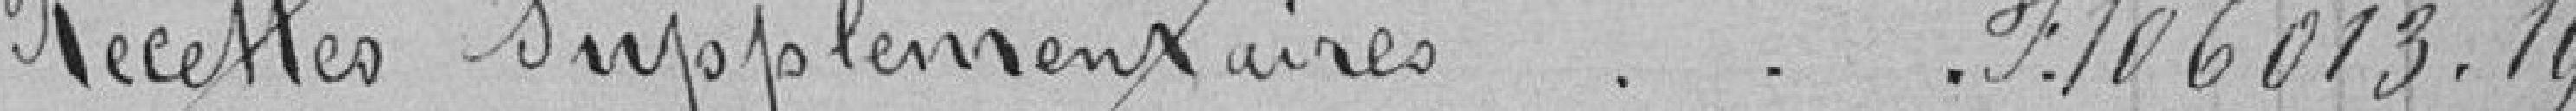
Recettes supplémentaires F.106013.19